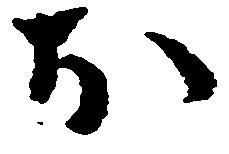
お